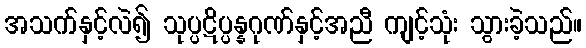
အသက်နှင့်လဲ၍ သုပ္ပဋိပ္ပန္နဂုဏ်နှင့်အညီ ကျင့်သုံး သွားခဲ့သည်။